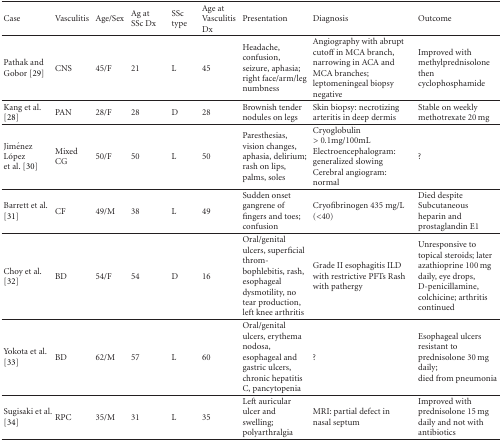
<table><thead><tr><td><b>Case</b></td><td><b>Vasculitis</b></td><td><b>Age/Sex</b></td><td><b>Ag at SSc Dx</b></td><td><b>SSc type</b></td><td><b>Age at Vasculitis Dx</b></td><td><b>Presentation</b></td><td><b>Diagnosis</b></td><td><b>Outcome</b></td></tr></thead><tbody><tr><td>Pathak and Gobor [29]</td><td>CNS</td><td>45/F</td><td>21</td><td>L</td><td>45</td><td>Headache, confusion, seizure, aphasia; right face/arm/leg numbness</td><td>Angiography with abrupt cutoff in MCA branch, narrowing in ACA and MCA branches; leptomeningeal biopsy negative</td><td>Improved with methylprednisolone then cyclophosphamide </td></tr><tr><td>Kang et al. [28]</td><td>PAN</td><td>28/F</td><td>28</td><td>D</td><td>28</td><td>Brownish tender nodules on legs</td><td>Skin biopsy: necrotizing arteritis in deep dermis</td><td>Stable on weekly methotrexate 20 mg </td></tr><tr><td>Jiménez López et al. [30]</td><td>Mixed CG</td><td>50/F</td><td>50</td><td>L</td><td>50</td><td>Paresthesias, vision changes, aphasia, delirium; rash on lips, palms, soles</td><td>Cryoglobulin &gt;0.1mg/100mL Electroencephalogram: generalized slowing Cerebral angiogram: normal</td><td>? </td></tr><tr><td>Barrett et al. [31]</td><td>CF</td><td>49/M</td><td>38</td><td>L</td><td>49</td><td>Sudden onset gangrene of fingers and toes; confusion</td><td>Cryofibrinogen 435 mg/L (&lt;40)</td><td>Died despite Subcutaneous heparin and prostaglandin E1 </td></tr><tr><td>Choy et al. [32]</td><td>BD</td><td>54/F</td><td>54</td><td>D</td><td>16</td><td>Oral/genital ulcers, superficial thrombophlebitis, rash, esophageal dysmotility, no tear production, left knee arthritis</td><td>Grade II esophagitis ILD with restrictive PFTs Rash with pathergy</td><td>Unresponsive to topical steroids; later azathioprine 100 mg daily, eye drops, D-penicillamine, colchicine; arthritis continued </td></tr><tr><td>Yokota et al. [33]</td><td>BD</td><td>62/M</td><td>57</td><td>L</td><td>60</td><td>Oral/genital ulcers, erythema nodosa, esophageal and gastric ulcers, chronic hepatitis C, pancytopenia</td><td>?</td><td>Esophageal ulcers resistant to prednisolone 30 mg daily;died from pneumonia </td></tr><tr><td>Sugisaki et al. [34]</td><td>RPC</td><td>35/M</td><td>31</td><td>L</td><td>35</td><td>Left auricular ulcer and swelling; polyarthralgia</td><td>MRI: partial defect in nasal septum</td><td>Improved with prednisolone 15 mg daily and not with antibiotics</td></tr></tbody></table>